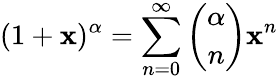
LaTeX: (1+\mathbf{x})^{\alpha}=\sum_{n=0}^{\infty}{\binom{\alpha}{n}}\mathbf{x}^{n}